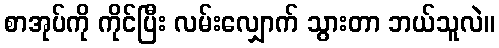
စာအုပ်ကို ကိုင်ပြီး လမ်းလျှောက် သွားတာ ဘယ်သူလဲ။